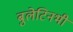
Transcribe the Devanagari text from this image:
बुलेटिनभी